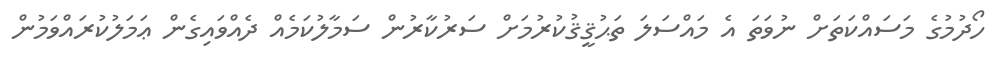
ހޯދުމުގެ މަސައްކަތަށް ނުވަތަ އެ މައްސަލަ ތަޙުޤީޤުކުރުމަށް ސަރުކާރުން ސަމާލުކަމެއް ދެއްވައިގެން ޢަމަލުކުރައްވަމުން